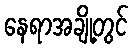
နေရာအချို့တွင်